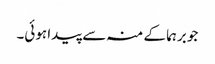
جو برہما کے منہ سے پیدا ہوئی۔